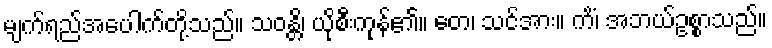
မျက်ရည်အပေါက်တို့သည်။ သဝန္တိ၊ ယိုစီးကုန်၏။ တေ၊ သင်အား။ ကိံ၊ အဘယ်ဥစ္စာသည်။